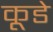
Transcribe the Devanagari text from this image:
कूडे